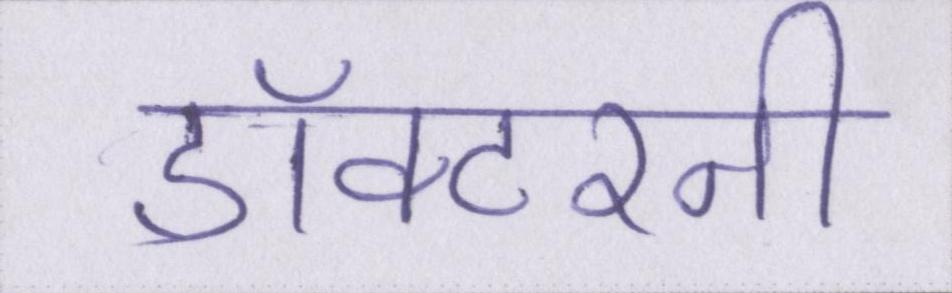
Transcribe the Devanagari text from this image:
डॉक्टरनी